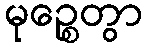
မုဉ္စေတွာ